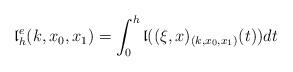
LaTeX: \begin{align*}{\mathfrak l}^{e}_{h}(k, x_0, x_1) = \int_{0}^{h} {\mathfrak l}((\xi, x)_{(k, x_0,x_1)}(t))dt\end{align*}